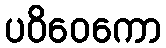
ပဝိဝေကော